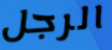
الرجل